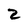
Character: 2